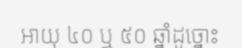
អាយុ ៤០ ឬ ៥០ ឆ្នាំដូច្នោះ